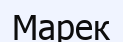
Марек